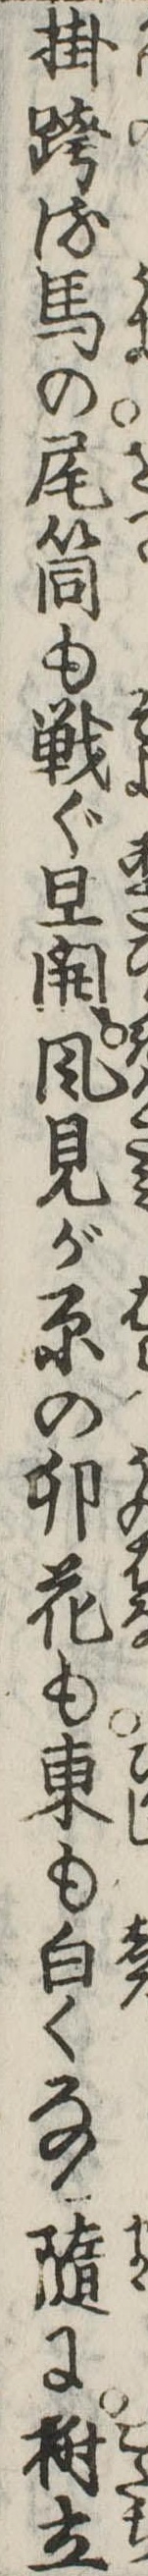
掛跨る馬の尾筒も戦ぐ旦開風見が原の卯花も東も白くなる随に樹立